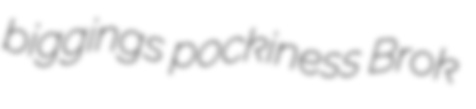
biggings pockiness Brok